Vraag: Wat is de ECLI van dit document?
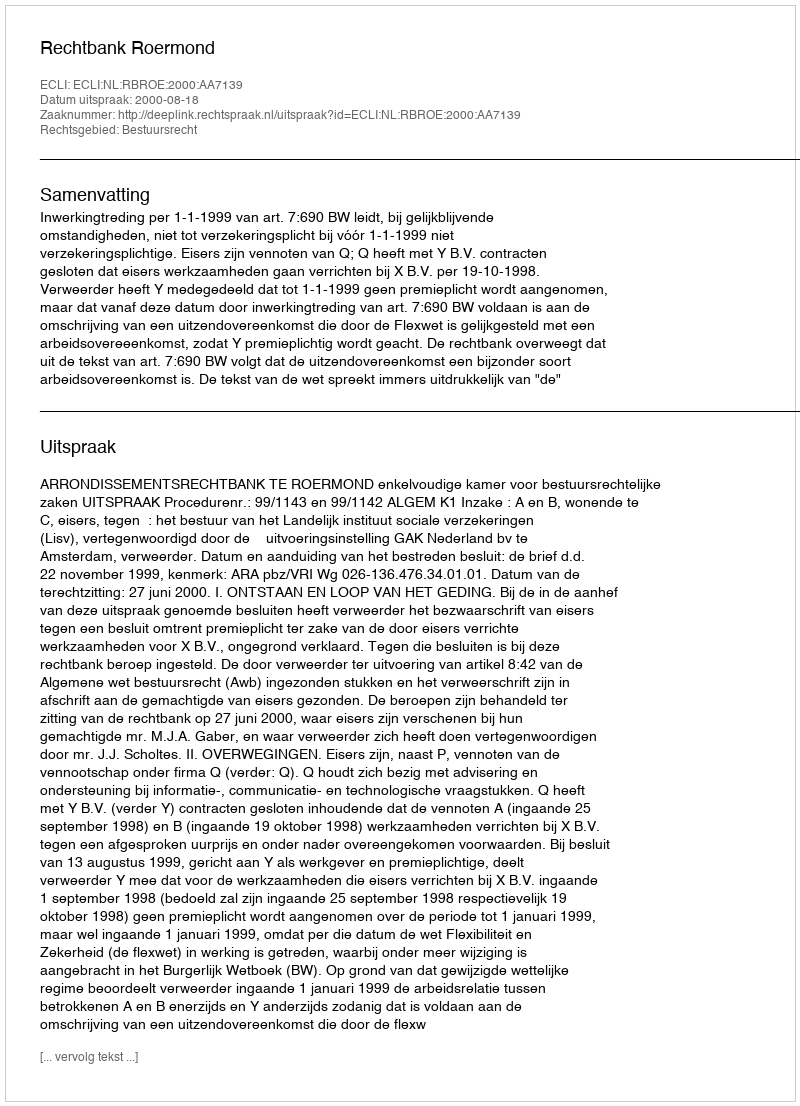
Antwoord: ECLI:NL:RBROE:2000:AA7139